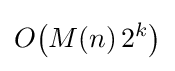
O{\mathord {\left(M(n)\,2^{k}\right)}}